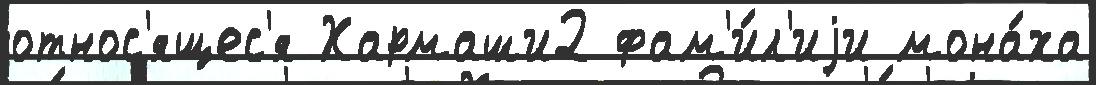
относ'ящес'я Хармаши2 фам'и́л'иjи мона́ха